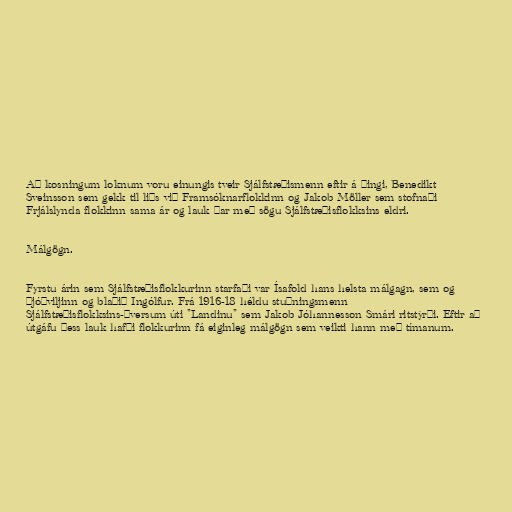
Að kosningum loknum voru einungis tveir Sjálfstæðismenn eftir á þingi, Benedikt
Sveinsson sem gekk til liðs við Framsóknarflokkinn og Jakob Möller sem stofnaði
Frjálslynda flokkinn sama ár og lauk þar með sögu Sjálfstæðisflokksins eldri.

Málgögn.

Fyrstu árin sem Sjálfstæðisflokkurinn starfaði var Ísafold hans helsta málgagn, sem og
Þjóðviljinn og blaðið Ingólfur. Frá 1916-18 héldu stuðningsmenn
Sjálfstæðisflokksins-þversum úti "Landinu" sem Jakob Jóhannesson Smári ritstýrði. Eftir að
útgáfu þess lauk hafði flokkurinn fá eiginleg málgögn sem veikti hann með tímanum.